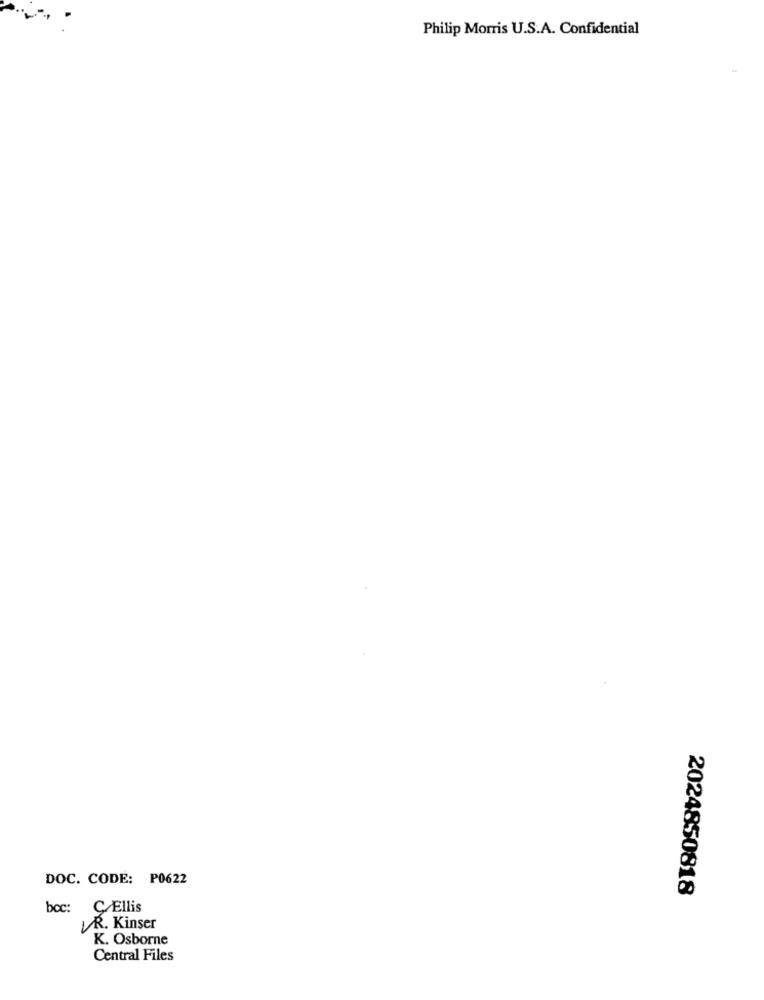
Philip Morris U.S.A. Confidential
DOC. CODE: P0622
2024850818
boc:
C. Ellis
VR. Kinser
K. Osborne
Central Files